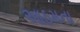
આઠમના